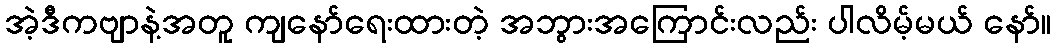
အဲ့ဒီကဗျာနဲ့အတူ ကျနော်ရေးထားတဲ့ အဘွားအကြောင်းလည်း ပါလိမ့်မယ် နော်။